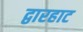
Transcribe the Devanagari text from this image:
द्वारहाट